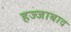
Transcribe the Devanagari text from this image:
हज्जाबाद